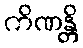
ကိဏန္တိ